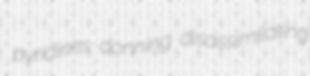
pyridines donning disassimilating